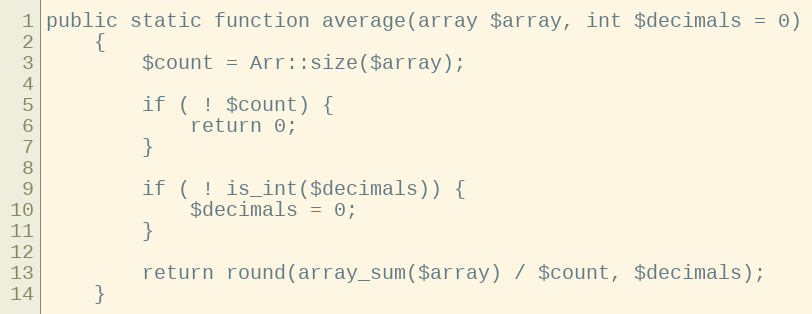
Language: PHP
public static function average(array $array, int $decimals = 0)
    {
        $count = Arr::size($array);

        if ( ! $count) {
            return 0;
        }

        if ( ! is_int($decimals)) {
            $decimals = 0;
        }

        return round(array_sum($array) / $count, $decimals);
    }